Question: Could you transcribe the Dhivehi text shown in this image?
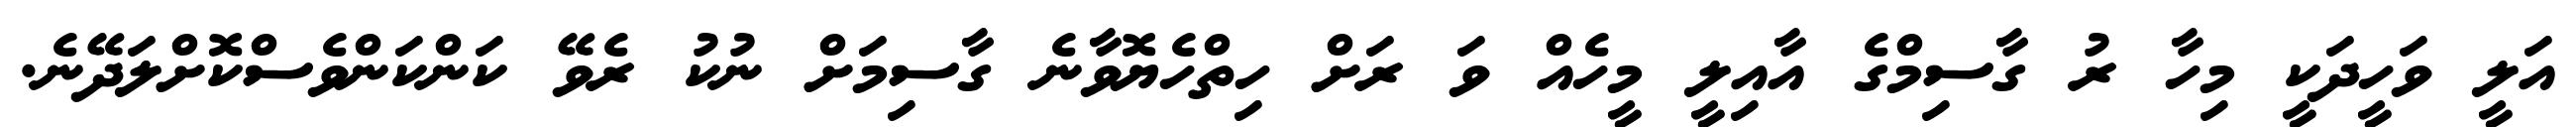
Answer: އަލީ ވަހީދަކީ މިހާ ރު ގާސިމްގެ އާއިލީ މީހެއް ވަ ރަށް ހިތްހެޔޮވާނެ ގާސިމަށް ނުކު ރެވޭ ކަންކަންވެސްކޮށްލަދޭނެ.